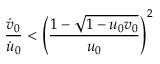
\frac { \dot { v } _ { 0 } } { \dot { u } _ { 0 } } < \left( \frac { 1 - \sqrt { 1 - u _ { 0 } v _ { 0 } } } { u _ { 0 } } \right) ^ { 2 }